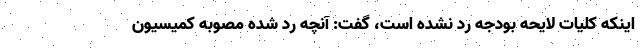
اینکه کلیات لایحه بودجه رد نشده است، گفت: آنچه رد شده مصوبه کمیسیون